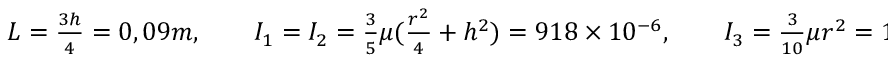
\begin{array} { r } { L = \frac { 3 h } { 4 } = 0 , 0 9 m , \qquad I _ { 1 } = I _ { 2 } = \frac { 3 } { 5 } \mu ( \frac { r ^ { 2 } } { 4 } + h ^ { 2 } ) = 9 1 8 \times 1 0 ^ { - 6 } , \qquad I _ { 3 } = \frac { 3 } { 1 0 } \mu r ^ { 2 } = 1 0 8 \times 1 0 ^ { - 6 } . } \end{array}